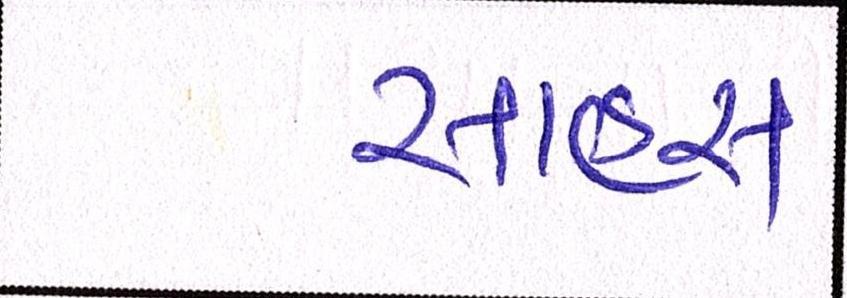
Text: સાહસ